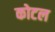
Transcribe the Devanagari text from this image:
कोटल